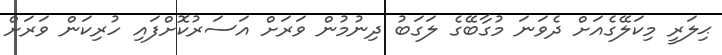
ޙިލަރީ މިކަލޭގެއަށް ދެވަނަ މުގާބޭގެ ލަގަބު ދިނުމުން ވަރަށް އަސަރުކޮށްފައި ހުރިކަން ވަރަށް